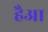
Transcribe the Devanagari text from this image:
हैआ